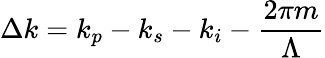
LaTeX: \Delta k=k_{p}-k_{s}-k_{i}-\frac{2\pi m}{\Lambda}